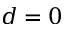
d = 0